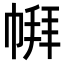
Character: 𪩹